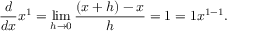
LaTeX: { \frac { d } { d x } } x ^ { 1 } = \operatorname* { l i m } _ { h \to 0 } { \frac { ( x + h ) - x } { h } } = 1 = 1 x ^ { 1 - 1 } .